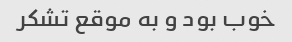
خوب بود و به موقع تشکر